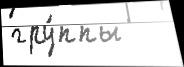
гру́ппы